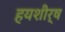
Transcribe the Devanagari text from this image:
हयशीर्ष